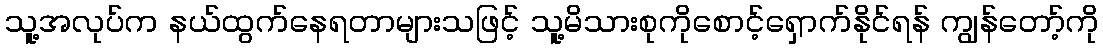
သူ့အလုပ်က နယ်ထွက်နေရတာများသဖြင့် သူ့မိသားစုကိုစောင့်ရှောက်နိုင်ရန် ကျွန်တော့်ကို